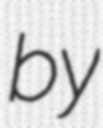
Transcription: by